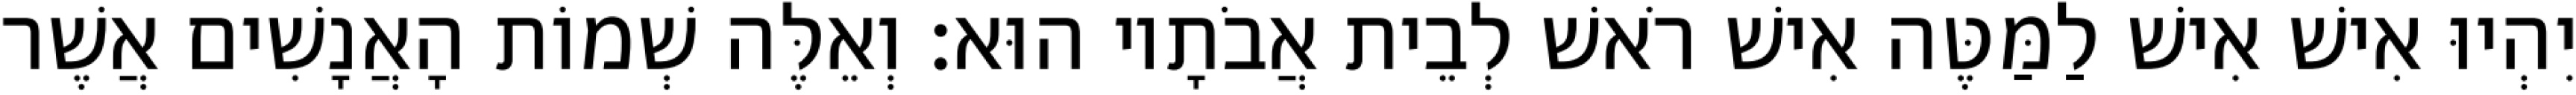
יִהְיוּ אִישׁ אִישׁ לַמַּטֶּה אִישׁ רֹאשׁ לְבֵית אֲבֹתָיו הוּא׃ וְאֵלֶּה שְׁמוֹת הָאֲנָשִׁים אֲשֶׁר